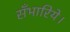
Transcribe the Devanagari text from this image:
सँभारिये।